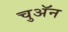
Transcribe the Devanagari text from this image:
चुअॅन